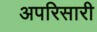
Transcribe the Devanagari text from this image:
अपरिसारी